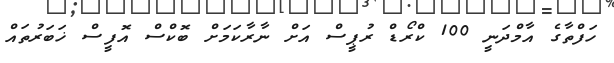
ހަފްތާގެ އާމްދަނީ 100 ކްރޯޑް ރުޕީސް އަށް ނާރާކަމަށް ބޮކްސް އޮފީސް ޚަބަރުތައް